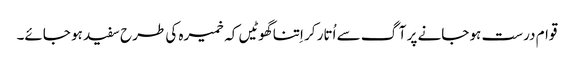
قوام درست ہو جانے پر آگ سے اُتار کر اِتنا گھوٹیں کہ خمیرہ کی طرح سفید ہو جائے۔